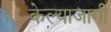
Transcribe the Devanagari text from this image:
केल्याजागी